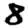
Digit: 8